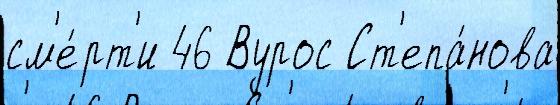
см'е́рт'и 46 Вурос Ст'епа́нова